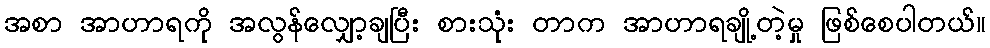
အစာ အာဟာရကို အလွန်လျှော့ချပြီး စားသုံး တာက အာဟာရချို့တဲ့မှု ဖြစ်စေပါတယ်။